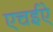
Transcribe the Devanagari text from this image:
एचईऐ